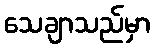
သေချာသည်မှာ